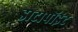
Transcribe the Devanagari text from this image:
डाटापॉइंट